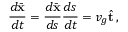
\frac { d \bar { \bf x } } { d t } = \frac { d \bar { \bf x } } { d s } \frac { d s } { d t } = v _ { g } \hat { \bf t } \, ,